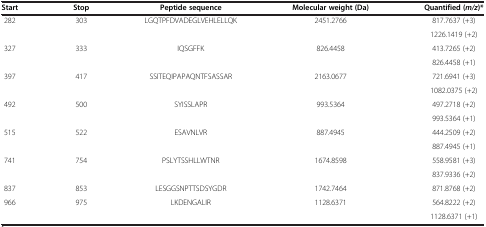
| Start | Stop | Peptide sequence | Molecular weight (Da) | Quantified (m/z)* |
 | --- | --- | --- | --- | --- |
 | 282 | 303 | LGQTPFDVADEGLVEHLELLQK | 2451.2766 | 817.7637 (+3) |
 |  |  |  |  | 1226.1419 (+2) |
 | 327 | 333 | IQSGFFK | 826.4458 | 413.7265 (+2) |
 |  |  |  |  | 826.4458 (+1) |
 | 397 | 417 | SSITEQIPAPAQNTFSASSAR | 2163.0677 | 721.6941 (+3) |
 |  |  |  |  | 1082.0375 (+2) |
 | 492 | 500 | SYISSLAPR | 993.5364 | 497.2718 (+2) |
 |  |  |  |  | 993.5364 (+1) |
 | 515 | 522 | ESAVNLVR | 887.4945 | 444.2509 (+2) |
 |  |  |  |  | 887.4945 (+1) |
 | 741 | 754 | PSLYTSSHLLWTNR | 1674.8598 | 558.9581 (+3) |
 |  |  |  |  | 837.9336 (+2) |
 | 837 | 853 | LESGGSNPTTSDSYGDR | 1742.7464 | 871.8768 (+2) |
 | 966 | 975 | LKDENGALIR | 1128.6371 | 564.8222 (+2) |
 |  |  |  |  | 1128.6371 (+1) |